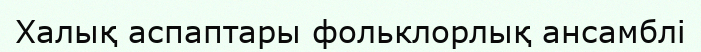
Халық аспаптары фольклорлық ансамблі